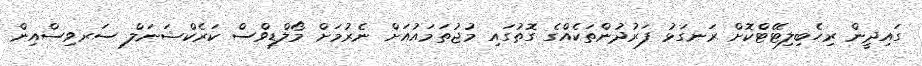
ގައިދީން ރިހެބިލިޓޭޓްކޮށް ރަނގަޅު ފަރުދުންތަކެއްގެ ގޮތުގައި މުޖުތަމައުއަށް ނެރުމަށް މޯލްޑިވްސް ކަރެކްޝަނަލް ސަރވިސްއިން